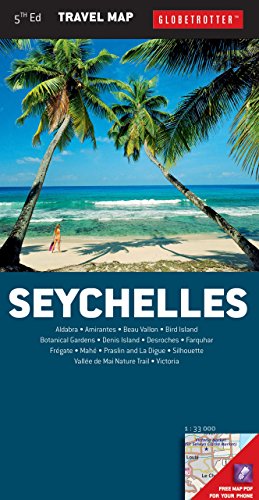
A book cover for Seychelles Travel Map (Globetrotter Travel Map); Globetrotter; Travel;